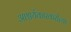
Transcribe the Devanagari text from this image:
आश्चर्यकारकरीत्या